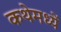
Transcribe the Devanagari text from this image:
कथेमध्यें